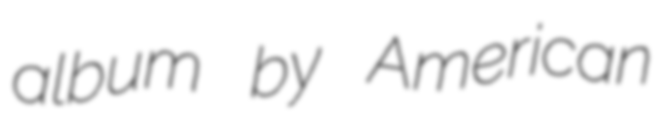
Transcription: album by American